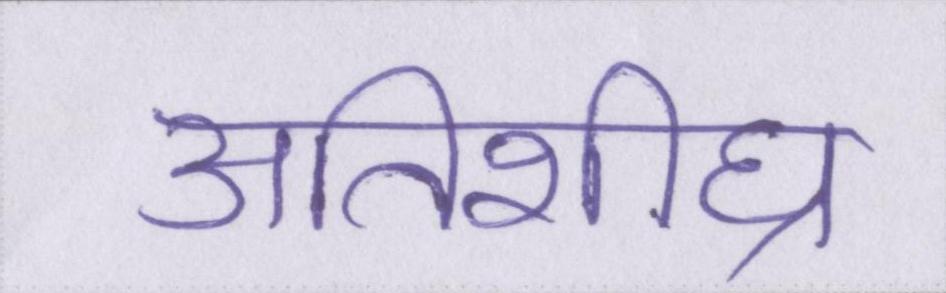
अतिशीघ्र